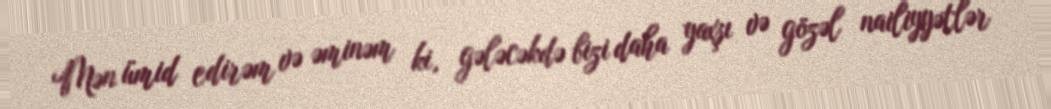
Mən ümid edirəm və əminəm ki, gələcəkdə bizi daha yaxşı və gözəl nailiyyətlər